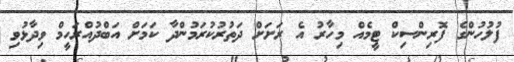
ފުލުހުންގެ ފޮރިންސިކް ޓީމެއް މިހާރު އެ ރަށަށް ދަތުރުކުރަމުންދާ ކަމަށް އަބްދުއްރަހީމް ވިދާޅުވި